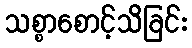
သစ္စာစောင့်သိခြင်း